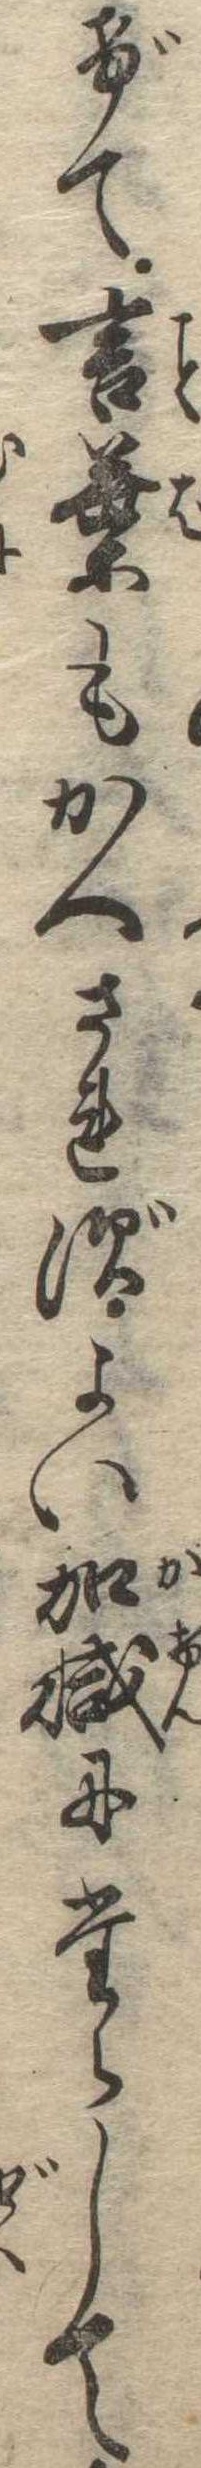
げて言葉もかへされずよい加減にたらして